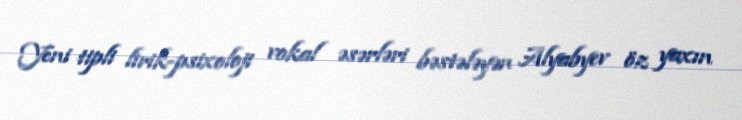
Yeni tipli lirik-psixoloji vokal əsərləri bəstələyən Alyabyev öz yaxın